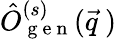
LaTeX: \hat{O}_{\mathrm{~g~e~n~}}^{(s)}(\vec{q}\ )